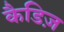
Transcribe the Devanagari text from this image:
कैडिज़